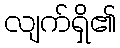
လျက်ရှိ၏